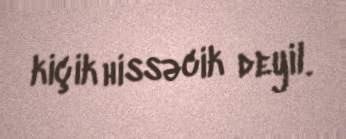
kiçik hissəcik deyil.